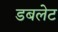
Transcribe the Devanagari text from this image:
डबलेट